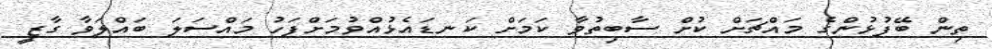
ތިން ބޭފުޅުންގެ މައްޗަށް ކުށް ސާބިތުވާ ކަމަށް ކަނޑައެޅުއްވުމަށްފަހު މައްސަލަ ބައްލަވާ ގާޒީ